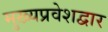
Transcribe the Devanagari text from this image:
मुख्यप्रवेशद्वार